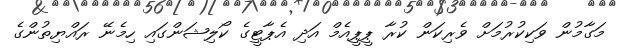
މަގާމުން ވަކިކުރުމަށް ވެރިކަން ކުރާ ޕީޕީއެމް އަދި އެޕާޓީގެ ކޯލިޝަންގައި ހިމެނޭ ރައްޔިތުންގެ